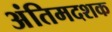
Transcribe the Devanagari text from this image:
अंतिमदशक